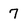
Character: 7